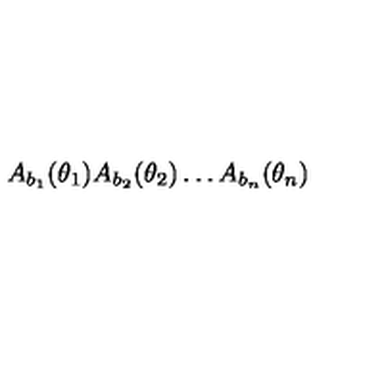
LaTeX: A _ { b _ { 1 } } ( \theta _ { 1 } ) A _ { b _ { 2 } } ( \theta _ { 2 } ) \dots A _ { b _ { n } } ( \theta _ { n } )